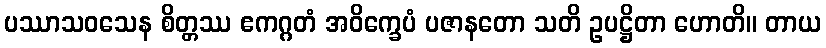
ပဿာသဝသေန စိတ္တဿ ဧကဂ္ဂတံ အဝိက္ခေပံ ပဇာနတော သတိ ဥပဋ္ဌိတာ ဟောတိ။ တာယ